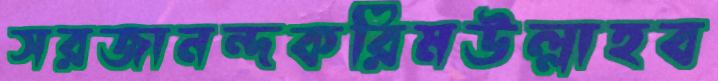
সরজানন্দকরিমউল্লাহব